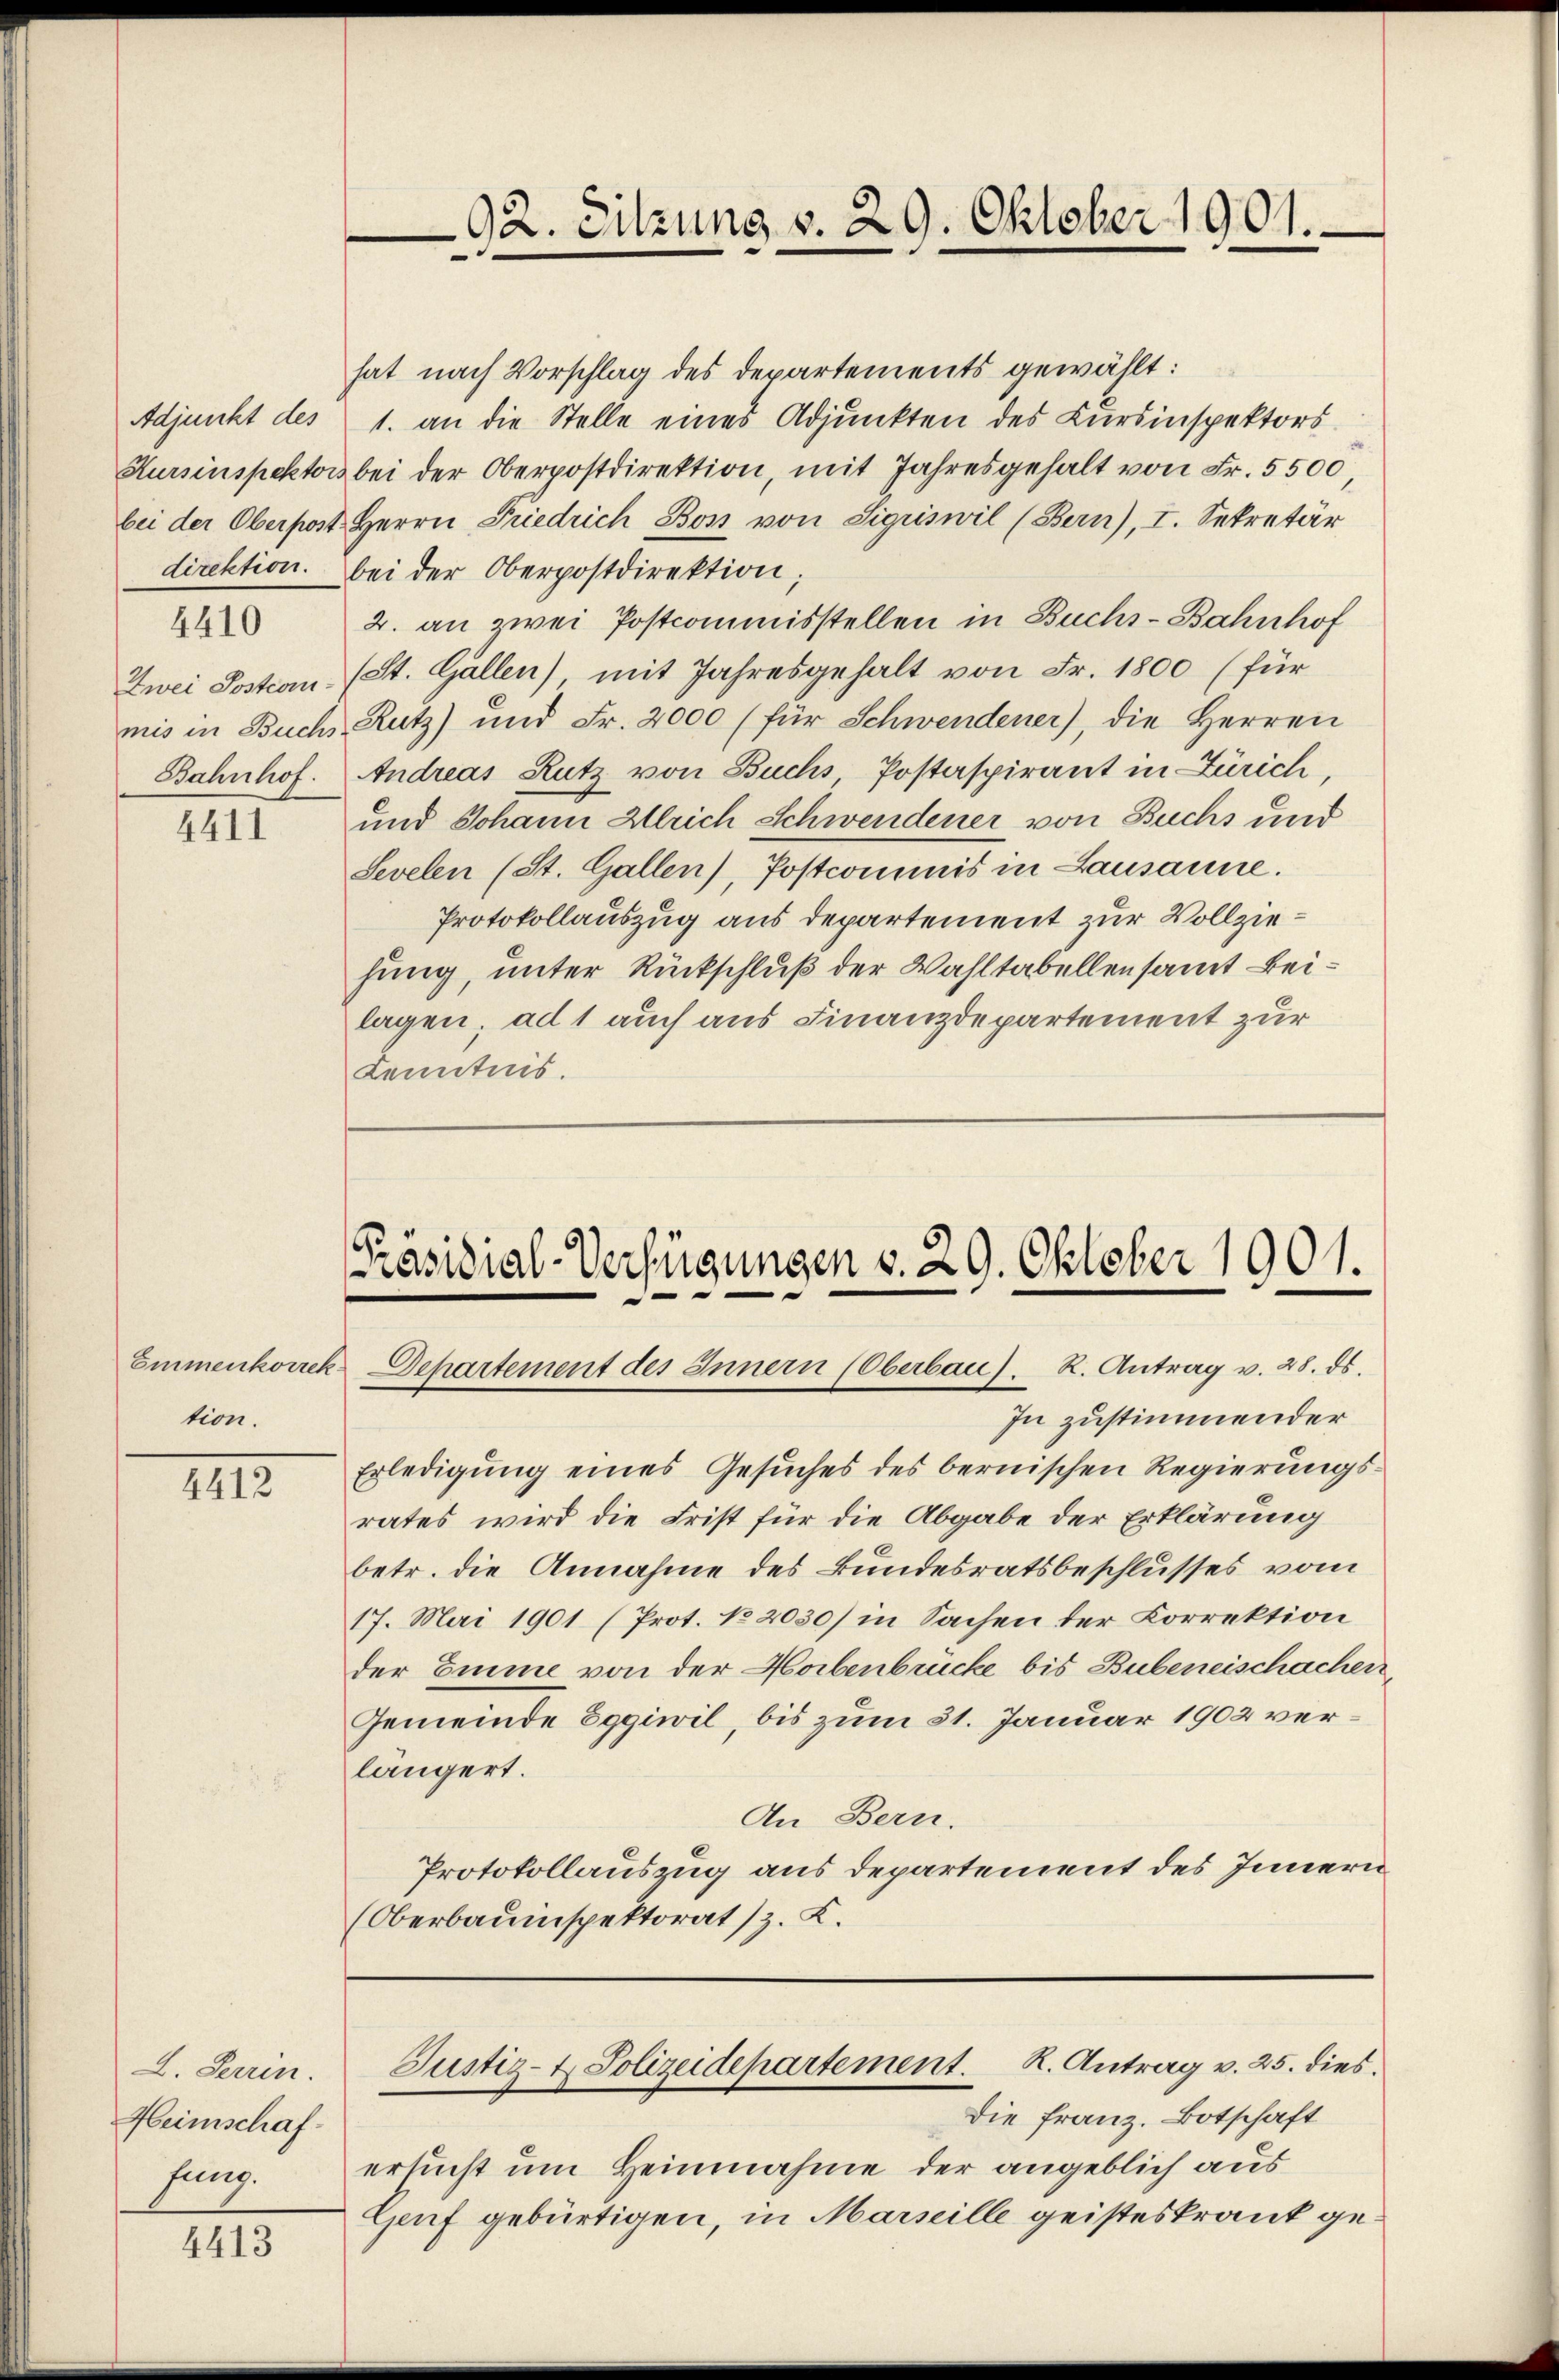
4410

4411

tion.

4412

L. Perrin.
Heimschaffung.

4413

92. Sitzung v. 29. Oktober 1901.

hat nach Vorschlag des Departements gewählt:
Adjunkt des 1. an die Stelle eines Adjunkten des Kŭrsinspektors
Hursinspektors bei der Oberpostdirektion, mit Jahresgehalt von Fr. 5500
bei der Oberpost Herrn Friedrich Bon von Sigriswil (Bern), I. Sekretär
direktion. Bei der Oberpostdirektion
2. an zwei Postcommisstellen in Buchs-Bahnhof
Zwei Sosten (St. Gallen) mit Jahresgehalt von Fr. 1800 (für
mis in Buchs Kutz) und Fr. 2000 (für Schwendener), die Herren
Bahnhof. Andreas Rutz von Buchs Postaspirant in Zürich,
und Johann Ulrich Schwendener von Buchs und
Sevelen (St. Gallen), Postcommis in Lausanne.
Protokollauszug aus departement zur Vollziehung, unter Rückschluß der Wahltabellensamt Beilagen; ad 1 auch aus Finanzdepartement zur
Kenntnis.

[Präsidial-Verfügungen v. 29. Oktober 1901.
Emmenkowck Departement des Innern (Oberbau). R. Antrag v. 28. ds.

In zustimmender
Erledigung eines Gesuches des bernischen Regierungsrates wird die Frist für die Abgabe der Erklärung
betr. die Annahme des Bundesratsbeschlusses vom
17. Mai 1901 (Prot. No 2030/ in Sachen der Korrektion
der Eine von der Horbenbrücke bis Bubeneischachen
Gemeinde Eggiwil, bis zum 31. Januar 1902 verlängert.
An Bern.
Protokollauszug aus departement des Innern
(Oberbauinspektorat (z. B.

Die Franz. Botschaft
ersucht um Heinnahme der angeblich aus
Genf gebürtigen, in Marseille geisteskrank ge¬

Justiz- & Polizeidepartement. K. Antrag v. 25. dies